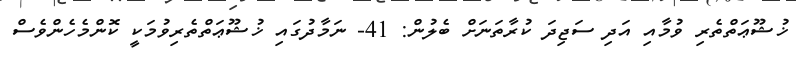
ޚުޝޫޢަތްތެރި ވުމާއި އަދި ސަޖިދަ ކުރާތަނަށް ބެލުން: 41- ނަމާދުގައި ޚުޝޫޢަތްތެރިވުމަކީ ކޮންމެހެންވެސް